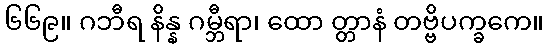
၆၆၉။ ဂဘီရ နိန္န ဂမ္ဘီရာ၊ ထော တ္တာနံ တဗ္ဗိပက္ခကေ။